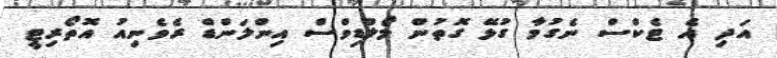
އަދި އެ ޓެކްސް ނެގުމާ ގުޅޭ ގޮތުން މޯލްޑިވްސް އިންލަންޑް ރެވެނިއު އޮތޯރިޓީ